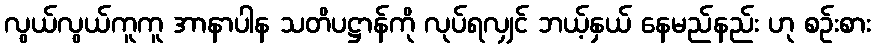
လွယ်လွယ်ကူကူ အာနာပါန သတိပဋ္ဌာန်ကို လုပ်ရလျှင် ဘယ့်နှယ် နေမည်နည်း ဟု စဉ်းစား